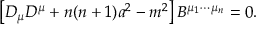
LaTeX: \left[ D _ { \mu } D ^ { \mu } + n ( n + 1 ) a ^ { 2 } - m ^ { 2 } \right] B ^ { \mu _ { 1 } \cdots \mu _ { n } } = 0 .